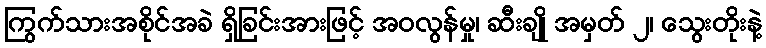
ကြွက်သားအစိုင်အခဲ ရှိခြင်းအားဖြင့် အဝလွန်မှု၊ ဆီးချို အမှတ် ၂၊ သွေးတိုးနဲ့